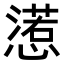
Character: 𢢉